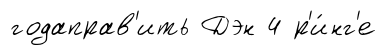
годаправ'ить Дэн 4 р'и́нг'е